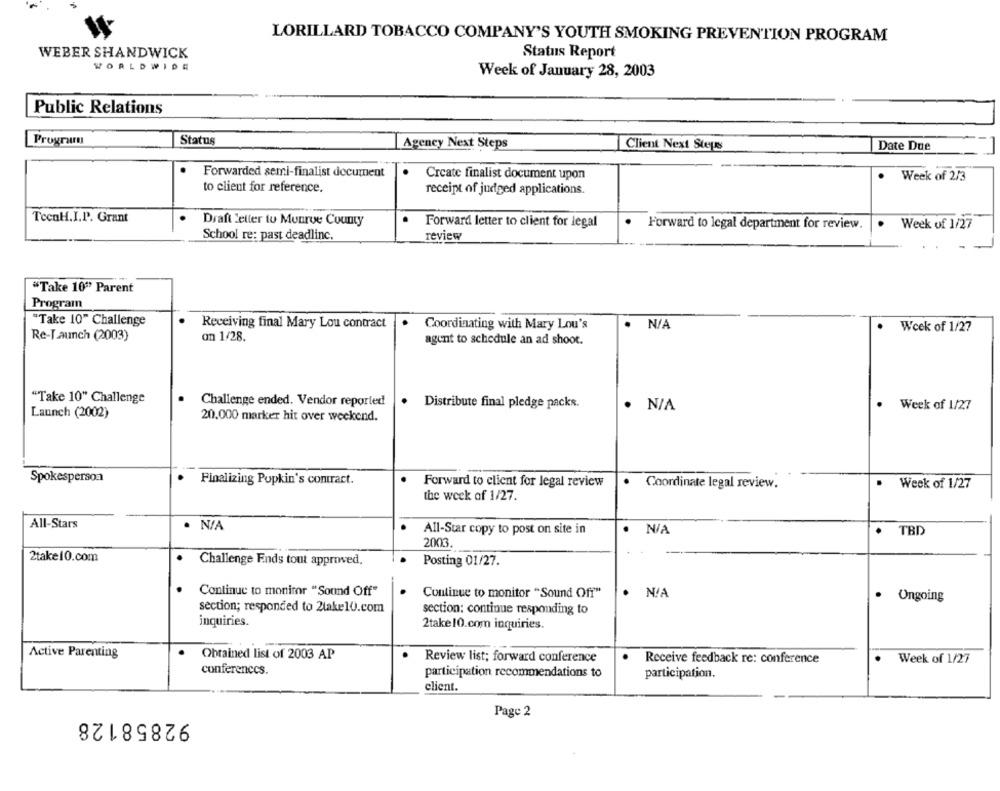
LORILLARD TOBACCO COMPANY'S YOUTH SMOKING PREVENTION PROGRAM
WEBER SHANDWICK
Status Report
WORLDWIDE
Week of January 28, 2003
Public Relations
Program
Status
Agency Next Steps
Client Next Steps
Date Due
Forwarded semi-finalist document
Create finalist document upon
.
Week of 2/3
to client for reference.
receipt of judged applications.
TecnH.I.P. Grant
Draft Letter to Monroe County
Forward letter to client for legal
Forward to legal department for review.
Week of 1/27
School re: past deadlinc.
review
"Take 10"" Parent
Program
"Take 10" Challenge
Receiving final Mary Lou contract
Coordinating with Mary Lou's
Week of 1/27
Re-Launch (2003)
on 1/28.
agent to schedule an ad shoot.
"Take 10" Challenge
Challenge ended. Vendor reported
.
.
Distribute final pledge packs.
· N/A
Week of 1/27
Launch (2002)
20.000 marker hit over weekend.
Spokesperson
Finalizing Popkin's contract.
.
.
Forward to client for legal review
Coordinate legal review.
Week of 1/27
the week of 1/27.
All-Stars
· N/A
All-Star copy to post on site in
.
TBD
.
2003.
2take10.com
Challenge Ends tout approved.
Posting 01/27.
Continue to monitor "Sound Off"
Continue to monitor "Sound Off"
.
· Ongoing
section; responded to 2lake10.com
section: continue responding to
inquiries.
2take 10.com inquiries.
Active Parenting
Obtained list of 2003 AP
.
.
Review list; forward conference
Receive feedback re: conference
Week of 1/27
conferences.
participation recommendations to
participation.
client.
92858128
Page 2